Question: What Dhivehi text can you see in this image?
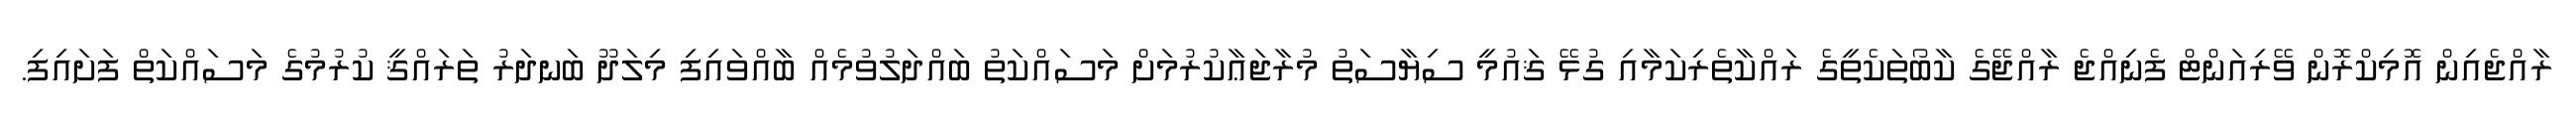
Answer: ރާއްޖެއިން އޮމިކްރޮން ވޭރިއަންޓް ފެނިއްޖެ ރާއްޖޭގެ ކާބޯތަކެތީގެ ރައްކާތެރިކަމާއި ގުޅޭ ޤައުމީ ސިޔާސަތު މުރާޖަޢާކުރުމަށް މަސައްކަތު ބައްދަލުވުމެއް ބާއްވައިފި މިލަދޫ ބަނދަރު ތަރައްޤީ ކުރުމުގެ މަސައްކަތް ފަށައިފި.